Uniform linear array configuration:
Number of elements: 24
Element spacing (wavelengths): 1
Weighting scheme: cosine
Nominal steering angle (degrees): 15
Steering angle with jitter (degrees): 13.901
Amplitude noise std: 0.05
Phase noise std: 0.05

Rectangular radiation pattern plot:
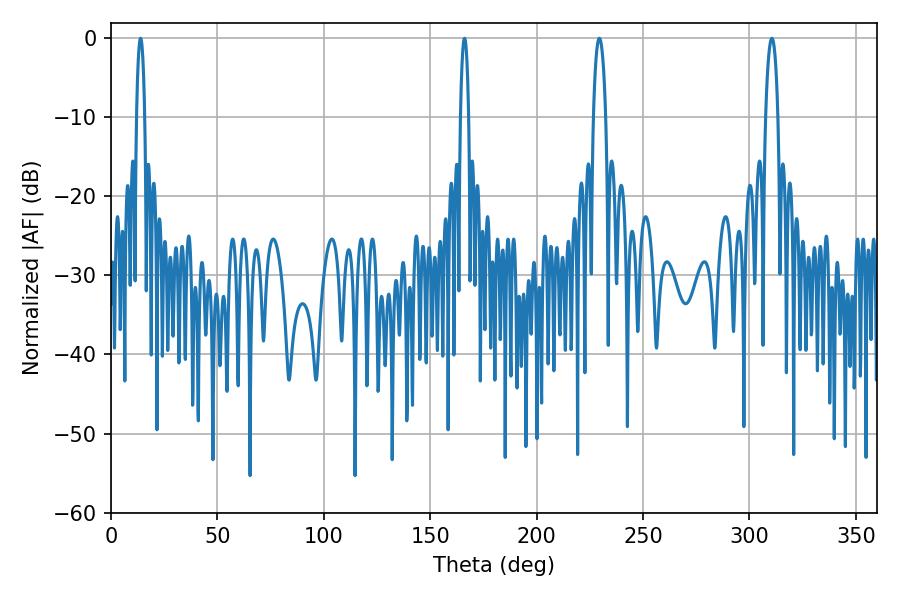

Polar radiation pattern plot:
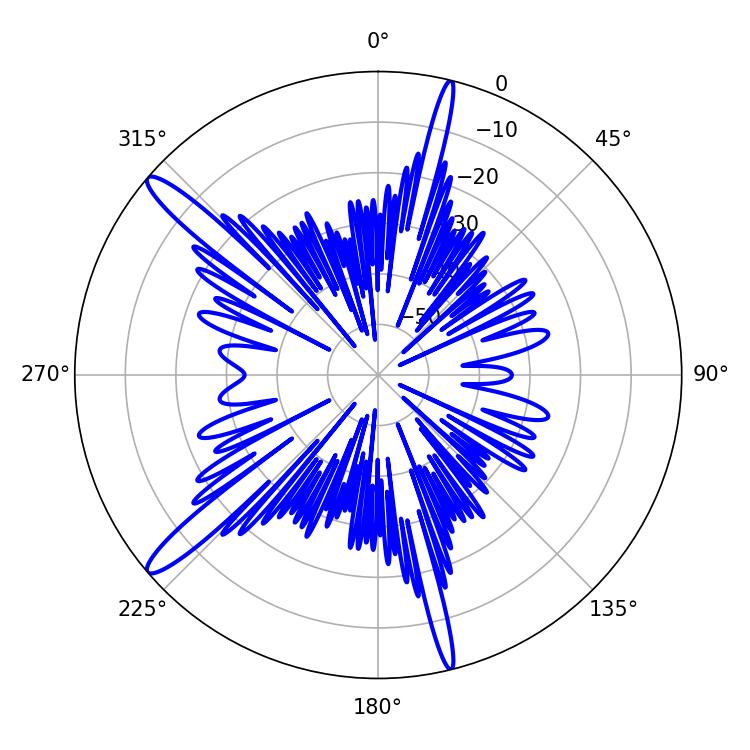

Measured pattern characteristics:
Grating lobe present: TRUE
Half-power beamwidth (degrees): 3.24
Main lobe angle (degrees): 310.5